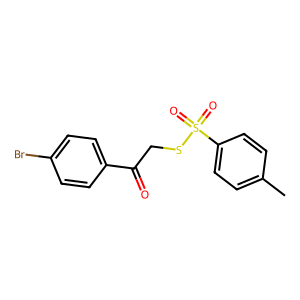
SMILES: Cc1ccc(S(=O)(=O)SCC(=O)c2ccc(Br)cc2)cc1
Inhibits HIV replication: No